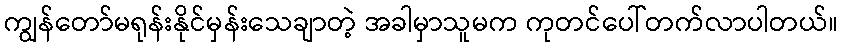
ကျွန်တော်မရုန်းနိုင်မှန်းသေချာတဲ့ အခါမှာသူမက ကုတင်ပေါ်တက်လာပါတယ်။